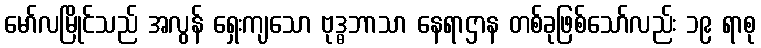
မော်လမြိုင်သည် အလွန် ရှေးကျသော ဗုဒ္ဓဘာသာ နေရာဌာန တစ်ခုဖြစ်သော်လည်း ၁၉ ရာစု